Civil Veterinary Department. Madras. Admin. report 1910-25 - 1910-1925
Year: 1910
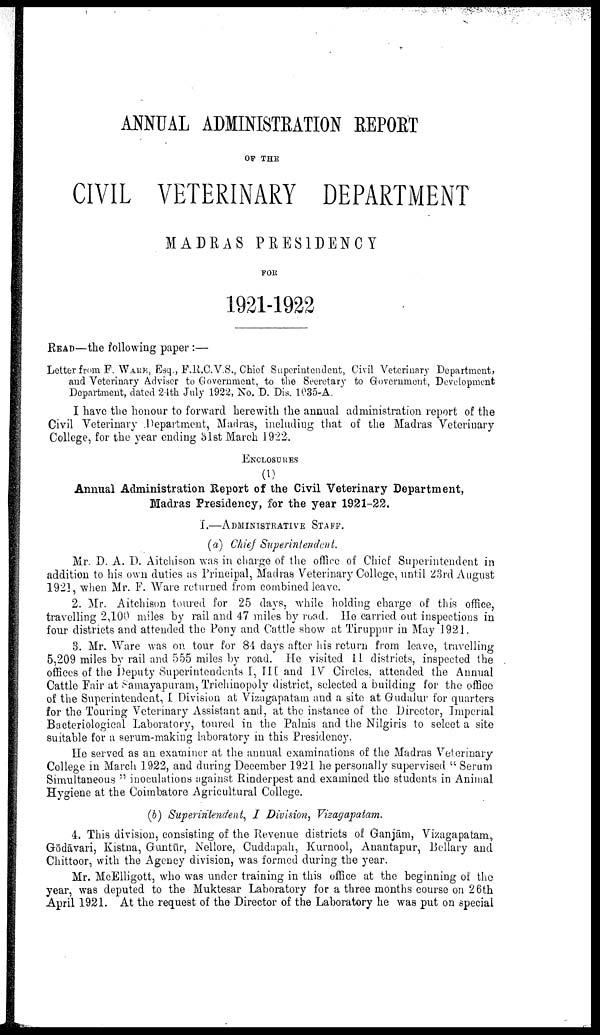
ANNUAL ADMINISTRATION REPORT
OF THE
CIVIL VETERINARY DEPARTMENT
MADRAS PRESIDENCY
FOE
1921-1922
READ—the following paper :—
Letter from F. WARE, Esq., F.R.C.V.S., Chief Superintendent, Civil Veterinary Department,
and Veterinary Adviser to Government, to the Secretary to Government, Development
Department, dated 24th July 1922, No. D. Dis. 1035-A.
I have the honour to forward herewith the annual administration report of the
Civil Veterinary Department, Madras, including that of the Madras Veterinary
College, for the year ending 31st March 1922.
ENCLOSURES
(1)
Annual Administration Report of the Civil Veterinary Department,
Madras Presidency, for the year 1921-22.
I.—ADMINISTRATIVE STAFF.
(a) Chief Superintendent.
Mr. D. A. D. Aitchison was in charge of the office of Chief Superintendent in
addition to his own duties as Principal, Madras Veterinary College, until 23rd August
1921, when Mr. F. Ware returned from combined leave.
2. Mr. Aitchison toured for 25 days, while holding charge of this office,
travelling 2,100 miles by rail and 47 miles by road. He carried out inspections in
four districts and attended the Pony and Cattle show at Tiruppur in May 1921.
3. Mr. Ware was on tour for 84 days after his return from leave, travelling
5,209 miles by rail and 555 miles by road. He visited 11 districts, inspected the
offices of the Deputy Superintendents I, III and IV Circles, attended the Annual
Cattle Pair at Samayapuram, Trichinopoly district, selected a building for the office
of the Superintendent, I Division at Vizagapatam and a site at Gudalur for quarters
for the Touring Veterinary Assistant and, at the instance of the Director, Imperial
Bacteriological Laboratory, toured in the Palnis and the Nilgiris to select a site
suitable for a serum-making laboratory in this Presidency.
He served as an examiner at the annual examinations of the Madras Veterinary
College in March 1922, and during December 1921 he personally supervised "Serum
Simultaneous" inoculations against Rinderpest and examined the students in Animal
Hygiene at the Coimbatore Agricultural College.
(b) Superintendent, I Division, Vizagapatam.
4. This division, consisting of the Revenue districts of Ganjām, Vizagapatam,
Gōdāvari, Kistna, Guntūr, Nellore, Cuddapah, Kurnool, Anantapur, Bellary and
Chittoor, with the Agency division, was formed during the year.
Mr. McElligott, who was under training in this office at the beginning of the
year, was deputed to the Muktesar Laboratory for a three months course on 26th
April 1921. At the request of the Director of the Laboratory he was put on special